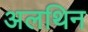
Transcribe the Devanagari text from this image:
अलथिन